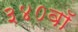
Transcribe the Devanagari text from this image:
३४०वॉ